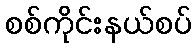
စစ်ကိုင်းနယ်စပ်